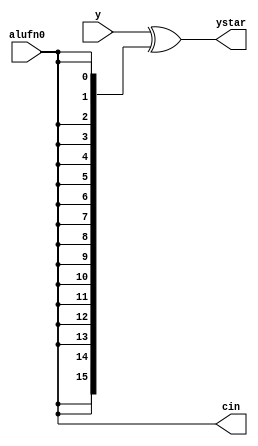
module ytoystar_16 (
    input [15:0] y,
    input alufn0,
    output reg [15:0] ystar,
    output reg cin
  );
  
  
  
  always @* begin
    ystar[0+15-:16] = y[0+15-:16] ^ {5'h10{alufn0}};
    cin = alufn0;
  end
endmodule